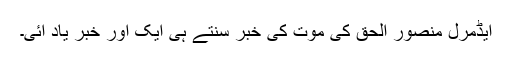
ایڈمرل منصور الحق کی موت کی خبر سنتے ہی ایک اور خبر یاد آئی۔